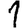
Digit: 1